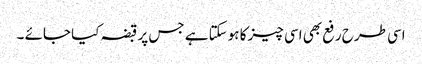
اسی طرح رفع بھی اسی چیز کا ہوسکتا ہے جس پر قبضہ کیا جائے ۔